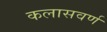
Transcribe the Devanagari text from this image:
कलासवर्ण